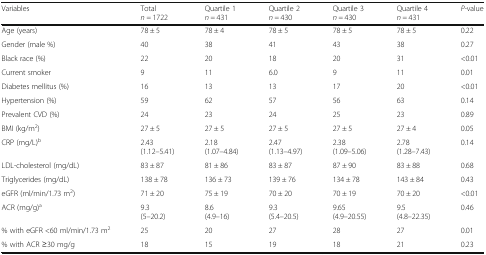
| Variables | Totaln = 1722 | Quartile 1n = 431 | Quartile 2n = 430 | Quartile 3n = 430 | Quartile 4n = 431 | P-value |
 | --- | --- | --- | --- | --- | --- | --- |
 | Age (years) | 78 ± 5 | 78 ± 4 | 78 ± 5 | 78 ± 5 | 78 ± 5 | 0.22 |
 | Gender (male %) | 40 | 38 | 41 | 43 | 38 | 0.27 |
 | Black race (%) | 22 | 20 | 18 | 20 | 31 | <0.01 |
 | Current smoker | 9 | 11 | 6.0 | 9 | 11 | 0.01 |
 | Diabetes mellitus (%) | 16 | 13 | 13 | 17 | 20 | <0.01 |
 | Hypertension (%) | 59 | 62 | 57 | 56 | 63 | 0.14 |
 | Prevalent CVD (%) | 24 | 23 | 24 | 25 | 23 | 0.89 |
 | BMI (kg/m2) | 27 ± 5 | 27 ± 5 | 27 ± 5 | 27 ± 5 | 27 ± 4 | 0.05 |
 | CRP (mg/L)b | 2.43(1.12–5.41) | 2.18(1.07–4.84) | 2.47(1.13–4.97) | 2.38(1.09–5.06) | 2.78(1.28–7.43) | 0.14 |
 | LDL-cholesterol (mg/dL) | 83 ± 87 | 81 ± 86 | 83 ± 87 | 87 ± 90 | 83 ± 88 | 0.68 |
 | Triglycerides (mg/dL) | 138 ± 78 | 136 ± 73 | 139 ± 76 | 134 ± 78 | 143 ± 84 | 0.43 |
 | eGFR (ml/min/1.73 m2) | 71 ± 20 | 75 ± 19 | 70 ± 20 | 70 ± 19 | 70 ± 20 | <0.01 |
 | ACR (mg/g)a | 9.3(5–20.2) | 8.6(4.9–16) | 9.3(5.4–20.5) | 9.65(4.9–20.55) | 9.5(4.8–22.35) | 0.46 |
 | % with eGFR <60 ml/min/1.73 m2 | 25 | 20 | 27 | 28 | 27 | 0.01 |
 | % with ACR ≥30 mg/g | 18 | 15 | 19 | 18 | 21 | 0.23 |